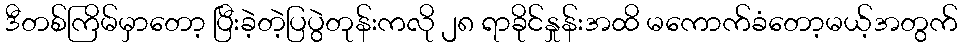
ဒီတစ်ကြိမ်မှာတော့ ပြီးခဲ့တဲ့ပြပွဲတုန်းကလို ၂၈ ရာခိုင်နှုန်းအထိ မကောက်ခံတော့မယ့်အတွက်